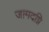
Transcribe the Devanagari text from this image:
जामदग्नि